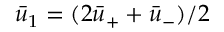
\bar { u } _ { 1 } = ( 2 \bar { u } _ { + } + \bar { u } _ { - } ) / 2